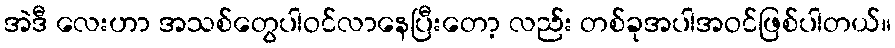
အဲဒီ လေးဟာ အသစ်တွေပါဝင်လာနေပြီးတော့ လည်း တစ်ခုအပါအဝင်ဖြစ်ပါတယ်။